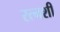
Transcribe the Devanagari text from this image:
रत्नशी